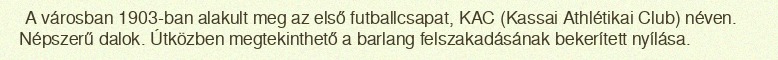
A városban 1903-ban alakult meg az első futballcsapat, KAC (Kassai Athlétikai Club) néven. Népszerű dalok. Útközben megtekinthető a barlang felszakadásának bekerített nyílása.